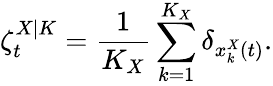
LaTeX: \zeta_{t}^{X|K}=\frac{1}{K_{X}}\sum_{k=1}^{K_{X}}\delta_{x_{k}^{X}(t)}.